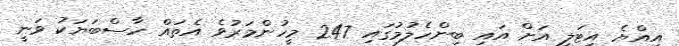
އިއްޔެ އިޓަލީ އަށް އައި ބިންހެލުމުގައި 247 މީހުންމަރުވެ އެތައް ހާސްބަޔަކު ވަނީ